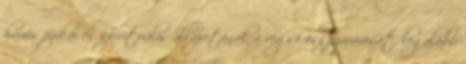
hamis fizikai és spirituális állapotának a végsõ összezavarását, legalább